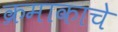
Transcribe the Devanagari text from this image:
क्रमाकाचे